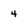
Character: 4